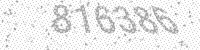
Solution: 816386